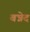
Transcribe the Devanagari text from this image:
बन्नेद